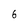
Character: 6